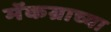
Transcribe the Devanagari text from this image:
मॅकग्राच्या